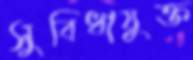
সুবিধাযুক্ত